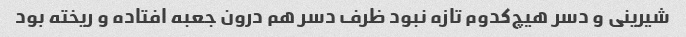
شیرینی و دسر هیچ‌کدوم تازه نبود ظرف دسر هم درون جعبه افتاده و ریخته بود